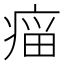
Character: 𰣲